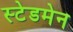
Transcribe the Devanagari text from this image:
स्टेडमेन